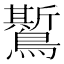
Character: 𪆗